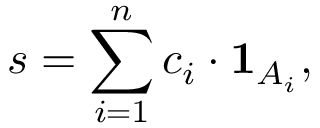
s = \sum _ { i = 1 } ^ { n } c _ { i } \cdot { \mathbf { 1 } } _ { A _ { i } } ,